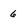
Character: 6